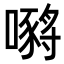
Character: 𡁷